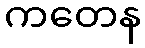
ကတေန